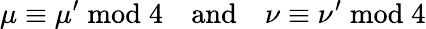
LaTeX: \mu\equiv\mu^{\prime}{\bmod{4}}\quad{\mathrm{and}}\quad\nu\equiv\nu^{\prime}{\bmod{4}}